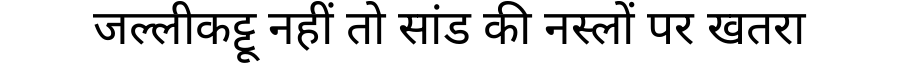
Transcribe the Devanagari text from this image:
जल्लीकट्टू नहीं तो सांड की नस्लों पर खतरा